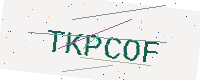
Text: TKPCOF